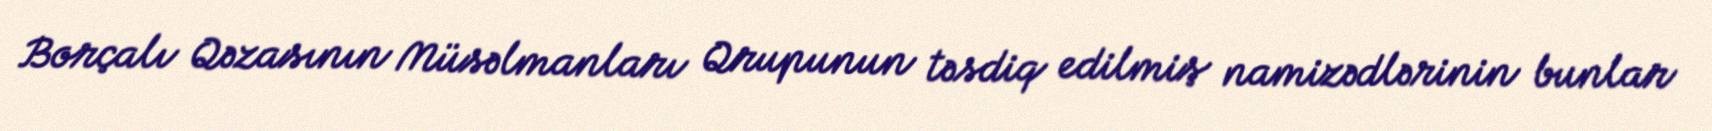
Borçalı Qəzasının Müsəlmanları Qrupunun təsdiq edilmiş namizədlərinin bunlar